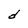
Character: d